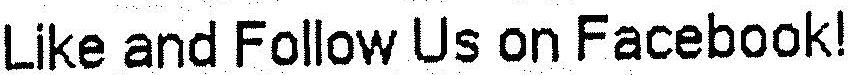
LIKE AND FOLLOW US ON FACEBOOK!